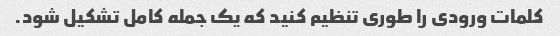
کلمات ورودی را طوری تنظیم کنید که یک جمله کامل تشکیل شود.